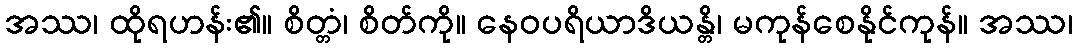
အဿ၊ ထိုရဟန်း၏။ စိတ္တံ၊ စိတ်ကို။ နေဝပရိယာဒိယန္တိ၊ မကုန်စေနိုင်ကုန်။ အဿ၊